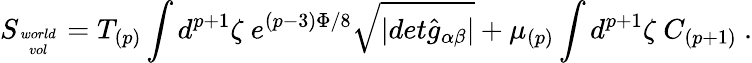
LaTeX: S_{world\atop vol}=T_{(p)}\int d^{p+1}\zeta\ e^{(p-3)\Phi/8}\sqrt{\vert det{\hat{g}}_{\alpha\beta}\vert}+\mu_{(p)}\int d^{p+1}\zeta\ C_{(p+1)}\ .